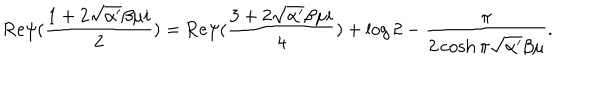
LaTeX: \mathrm { R e } \psi ( \frac { 1 + 2 \sqrt { \alpha ^ { \prime } } \beta \mu i } { 2 } ) = \mathrm { R e } \psi ( \frac { 3 + 2 \sqrt { \alpha ^ { \prime } } \beta \mu i } { 4 } ) + \log 2 - \frac { \pi } { 2 \cosh \pi \sqrt { \alpha ^ { \prime } } \beta \mu } .